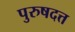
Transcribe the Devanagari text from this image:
पुरुषदत्त